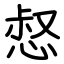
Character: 惄